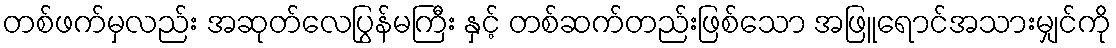
တစ်ဖက်မှလည်း အဆုတ်လေပြွန်မကြီး နှင့် တစ်ဆက်တည်းဖြစ်သော အဖြူရောင်အသားမျှင်ကို